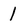
Character: 1